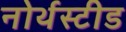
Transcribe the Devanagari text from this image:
नोर्थस्टीड